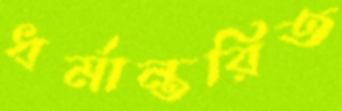
ধর্মান্তরিত